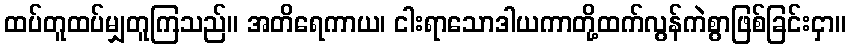
ထပ်တူထပ်မျှတူကြသည်။ အတိရေကာယ၊ ငါးရာသောဒါယကာတို့ထက်လွန်ကဲစွာဖြစ်ခြင်းငှာ။